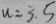
u = 3 . 5